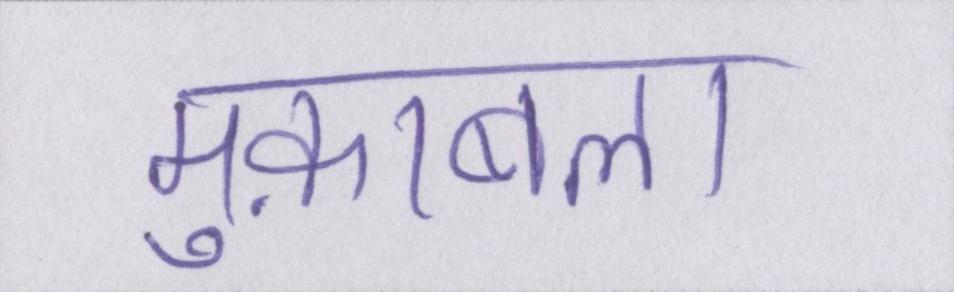
मुक़ाबला